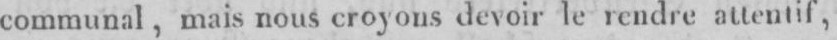
communal, mais nous croyons devoir le rendre attentif,